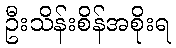
ဦးသိန်းစိန်အစိုးရ